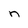
Character: n